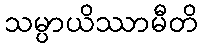
သမ္ပာယိဿာမီတိ